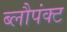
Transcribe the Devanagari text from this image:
ब्लौपंक्ट